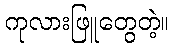
ကုလားဖြူတွေတဲ့။